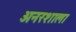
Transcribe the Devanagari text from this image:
अनरशाला